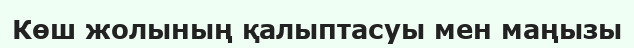
Көш жолының қалыптасуы мен маңызы